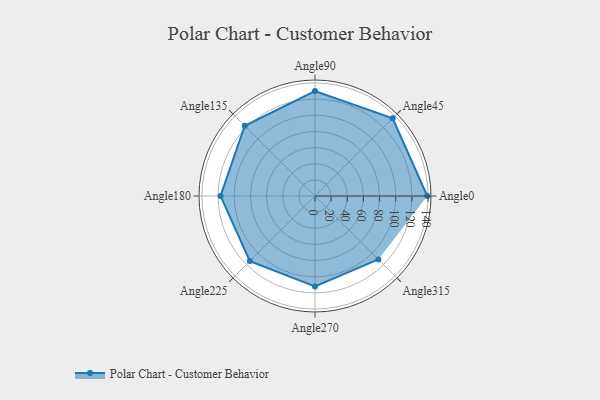
{"axis": {"x": "Angle", "y": "Radius"}, "legend": [""], "data": [{"x": "Angle0", "y": 139.0, "type": ""}, {"x": "Angle45", "y": 136.0, "type": ""}, {"x": "Angle90", "y": 130.0, "type": ""}, {"x": "Angle135", "y": 123.0, "type": ""}, {"x": "Angle180", "y": 117.0, "type": ""}, {"x": "Angle225", "y": 114.0, "type": ""}, {"x": "Angle270", "y": 112.0, "type": ""}, {"x": "Angle315", "y": 111.0, "type": ""}]}